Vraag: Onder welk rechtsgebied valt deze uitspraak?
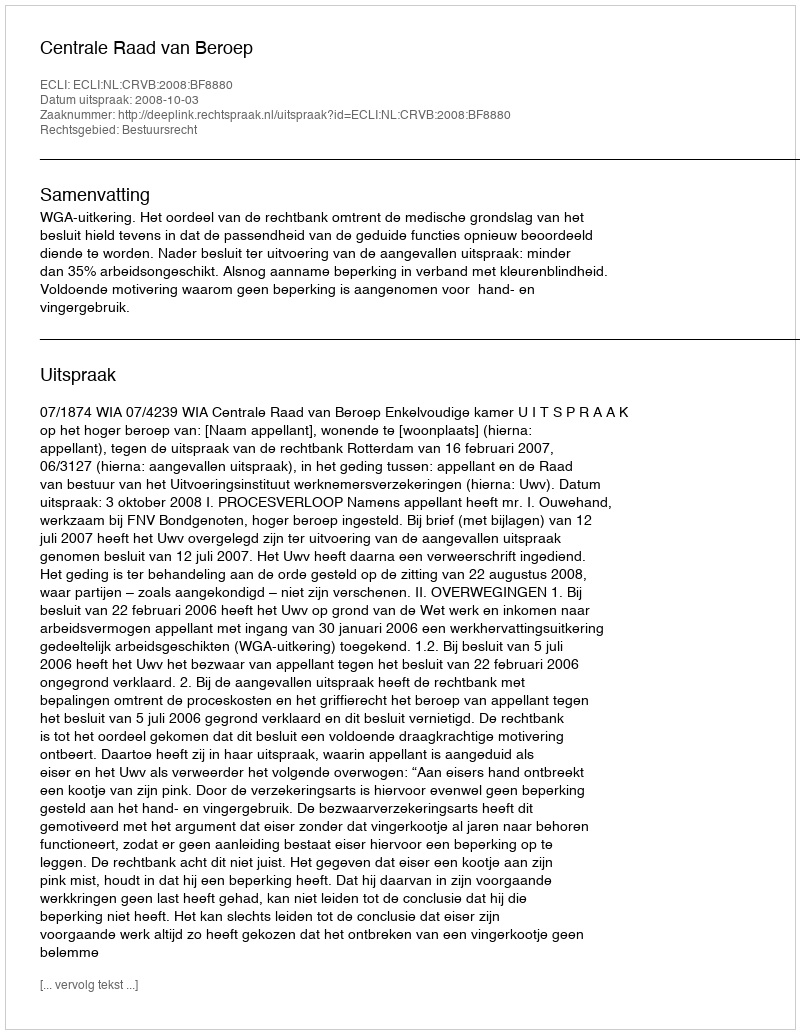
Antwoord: Bestuursrecht